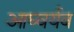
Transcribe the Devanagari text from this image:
आघ्वर्यव